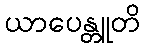
ယာပေန္တူတိ